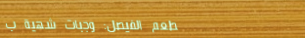
مطعم الفيصل: وجبات شهية ب